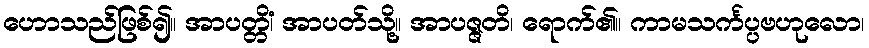
ဟောသည်ဖြစ်၍။ အာပတ္တိံ၊ အာပတ်သို့။ အာပဇ္ဇတိ၊ ရောက်၏။ ကာမသင်္ကပ္ပဗဟုလော၊